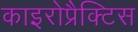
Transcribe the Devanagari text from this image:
काइरोप्रैक्टिस